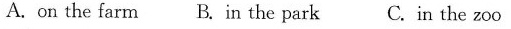
A. on the farm B. In the park C.In the zoo